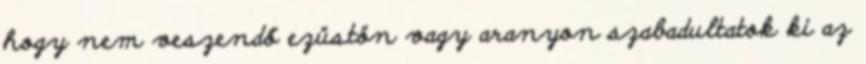
hogy nem veszendő ezüstön vagy aranyon szabadultatok ki az